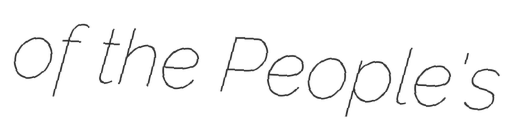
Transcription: of the People's